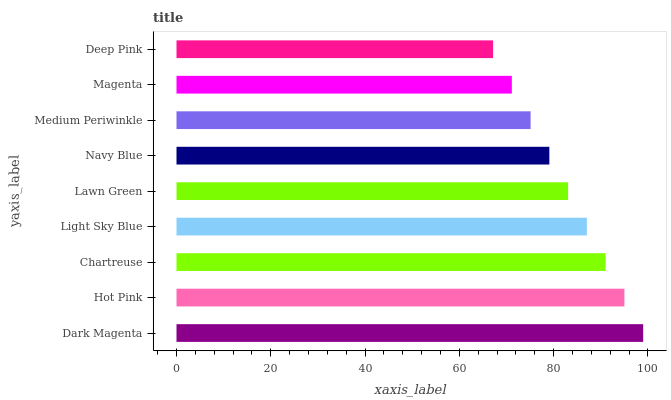
| yaxis_label | bars |
 | --- | --- |
 | Dark Magenta | 99 |
 | Hot Pink | 95 |
 | Chartreuse | 91 |
 | Light Sky Blue | 87.1 |
 | Lawn Green | 83.1 |
 | Navy Blue | 79.1 |
 | Medium Periwinkle | 75.1 |
 | Magenta | 71.1 |
 | Deep Pink | 67.2 |